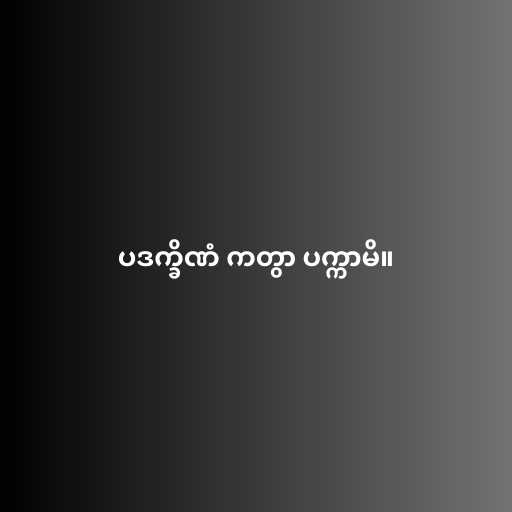
ပဒက္ခိဏံ ကတွာ ပက္ကာမိ။